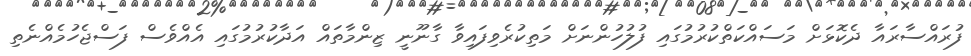
ފުރައްސާރައާ ދެކޮޅަށް މަސައްކަތްކުރުމުގައި ފުލުހުންނަށް މަތިކުރެވިފައިވާ ގާނޫނީ ޒިންމާތައް އަދާކުރުމުގައި އެއްވެސް ފަސްޖެހުމެއްނެތި